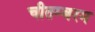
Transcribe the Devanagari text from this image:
चीतम्बरम